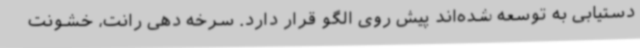
دستیابی به توسعه شده‌اند پیش روی الگو قرار دارد. سرخه دهی رانت، خشونت